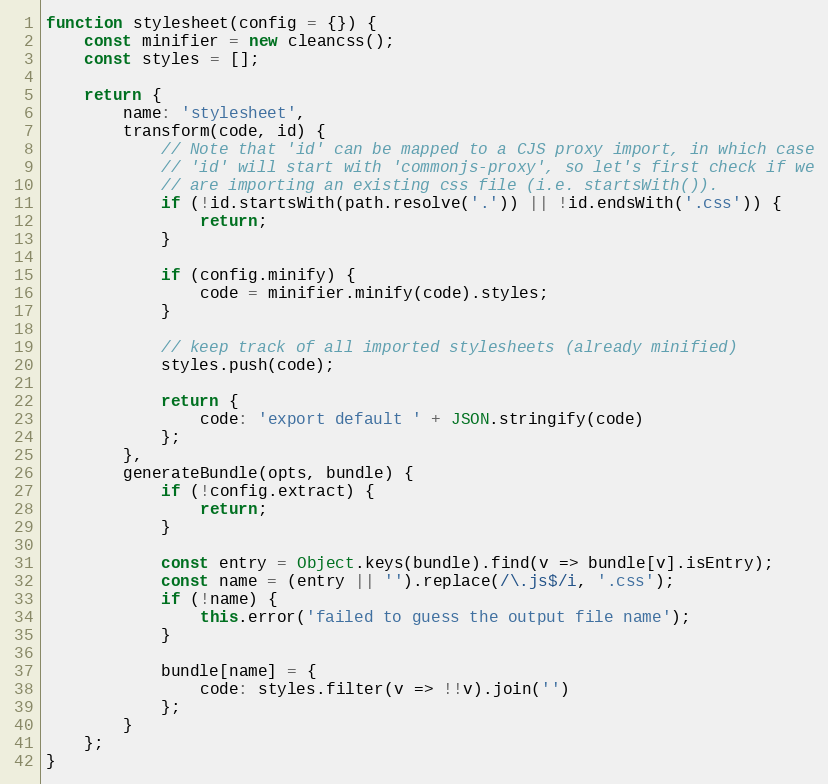
Language: JavaScript
function stylesheet(config = {}) {
	const minifier = new cleancss();
	const styles = [];

	return {
		name: 'stylesheet',
		transform(code, id) {
			// Note that 'id' can be mapped to a CJS proxy import, in which case
			// 'id' will start with 'commonjs-proxy', so let's first check if we
			// are importing an existing css file (i.e. startsWith()).
			if (!id.startsWith(path.resolve('.')) || !id.endsWith('.css')) {
				return;
			}

			if (config.minify) {
				code = minifier.minify(code).styles;
			}

			// keep track of all imported stylesheets (already minified)
			styles.push(code);

			return {
				code: 'export default ' + JSON.stringify(code)
			};
		},
		generateBundle(opts, bundle) {
			if (!config.extract) {
				return;
			}

			const entry = Object.keys(bundle).find(v => bundle[v].isEntry);
			const name = (entry || '').replace(/\.js$/i, '.css');
			if (!name) {
				this.error('failed to guess the output file name');
			}

			bundle[name] = {
				code: styles.filter(v => !!v).join('')
			};
		}
	};
}